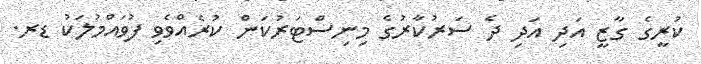
ކުރީގެ ގާޒީ އަދި އަދި ދެ ސަރުކާރުގެ މިނިސްޓަރުކަން ކުރެއްވެވި ފުވައްމުލަކު ޑރ.